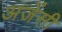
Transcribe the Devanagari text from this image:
अजेंसी